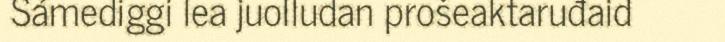
Sámediggi lea juolludan prošeaktaruđaid